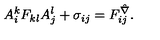
A _ { i } ^ { k } F _ { k l } A _ { j } ^ { l } + \sigma _ { i j } = F _ { i j } ^ { \hat { \nabla } } .